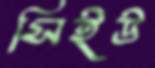
সিইউ